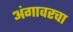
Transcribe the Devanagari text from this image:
अंगावरचा